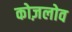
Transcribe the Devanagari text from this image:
कोज़लोव